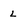
Character: L